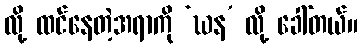
လို့ ထင်နေတဲ့အရာကို ‘ဃန’ လို့ ခေါ်တယ်။